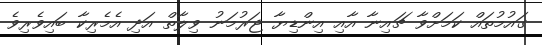
ގައުމުތައް ކަމަށްވާ ޗައިނާ އާއި އިންޑިޔާ ޖަރުމަނު ވިލާތް އަދި އެމެރިކާ ބައިވެރިވެ